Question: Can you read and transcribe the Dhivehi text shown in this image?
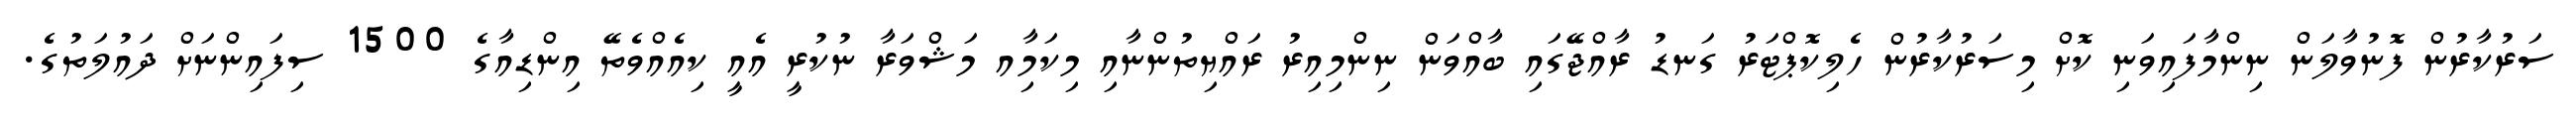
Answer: ސަރުކާރުން ފޮނުވާލަން ނިންމާފައިވަނި ކޮށް މިސަރުކާރުން ހެލިކޮޕްޓަރު ގަނޑު ރާއްޖޭގައި ބާއްވަން ނިންމިއިރު ރައްޔިތުންނާއި މިކަމާިއ މަޝްވަރާ ނުކުރީ އެއީ ކިއެއްވެތޭ އިންޑިއާގެ 1500 ސިފައިންނަށް ދައުލަތުގެ.